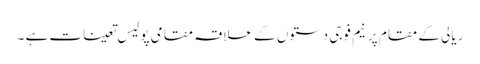
ریالی کے مقام پر نیم فوجی دستوں کے علاقہ مقامی پولیس تعینات ہے ۔